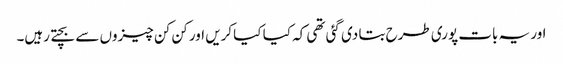
اور یہ بات پوری طرح بتا دی گئی تھی کہ کیا کیا کریں اور کن کن چیزوں سے بچتے رہیں۔